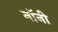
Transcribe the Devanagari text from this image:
नॉनी